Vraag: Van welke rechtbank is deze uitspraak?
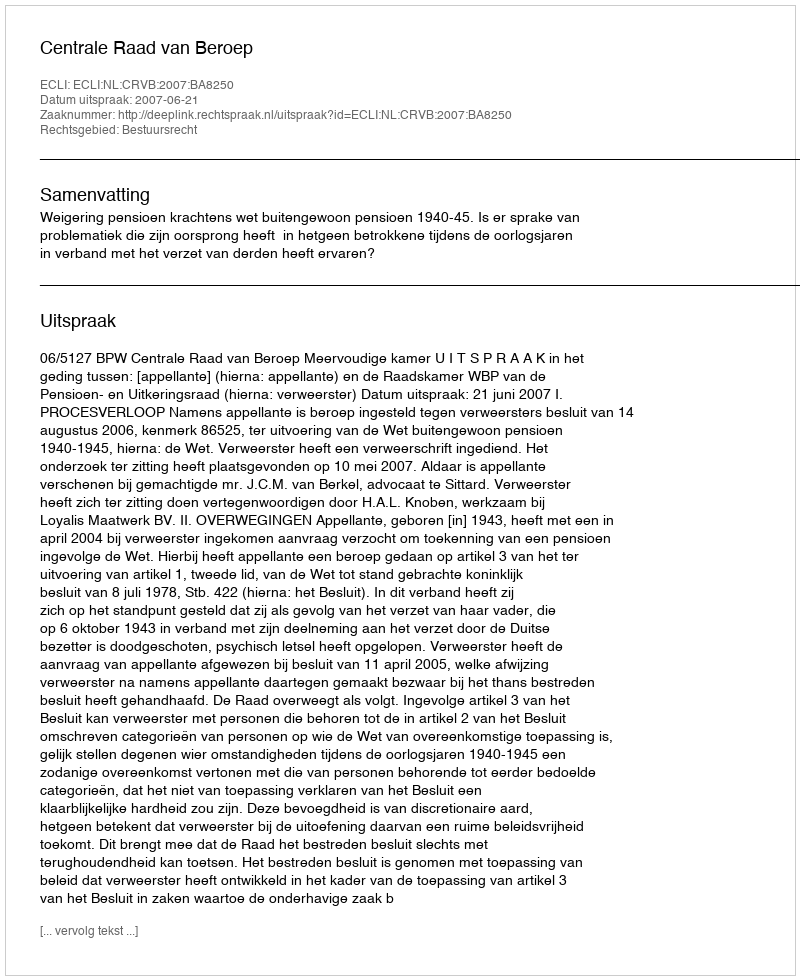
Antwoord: Centrale Raad van Beroep